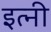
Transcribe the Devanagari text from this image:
इत्नी